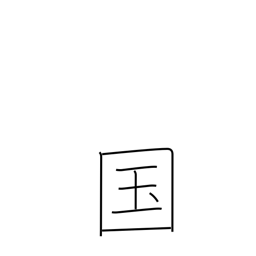
Meaning: country